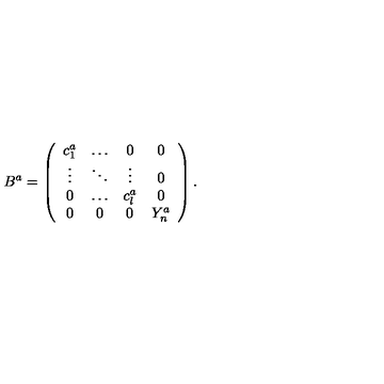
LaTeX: B ^ { a } = \left( \begin{array} { c c c c } { c _ { 1 } ^ { a } } & { \ldots } & { 0 } & { 0 } \\ { \vdots } & { \ddots } & { \vdots } & { 0 } \\ { 0 } & { \ldots } & { c _ { l } ^ { a } } & { 0 } \\ { 0 } & { 0 } & { 0 } & { Y _ { n } ^ { a } } \\ \end{array} \right) .